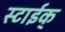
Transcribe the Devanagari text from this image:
स्टाईक्